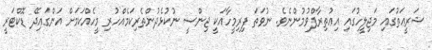
ޝަރީޢަތުގައި މަޖިލީހުގައި އިޢުތިރާފްވުމުންނެވެ. ނުވަތަ ފިރިމީހާއަކީ ޖިންސީ ނުކުޅެދުންތެރިކަމެއްހުރި މީހެއްކަމަށް އަންގައިދޭ ޑޮކްޓަރީ